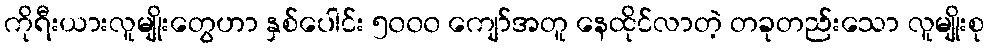
ကိုရီးယားလူမျိုးတွေဟာ နှစ်ပေါင်း ၅၀၀၀ ကျော်အတူ နေထိုင်လာတဲ့ တခုတည်းသော လူမျိုးစု